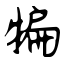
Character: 犏